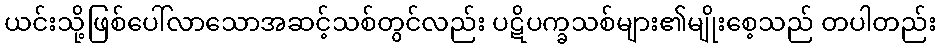
ယင်းသို့ဖြစ်ပေါ်လာသောအဆင့်သစ်တွင်လည်း ပဋိပက္ခသစ်များ၏မျိုးစေ့သည် တပါတည်း